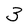
Character: 3